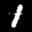
Label: 1